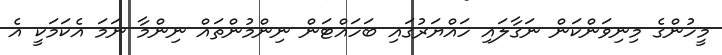
މީހުންގެ މިނިވަންކަން ނަގާލައި ހައްޔަރުގައި ބަހައްޓަން ނިންމުންތައް ނިންމާ ނަމަ އެކަމަކީ އެ